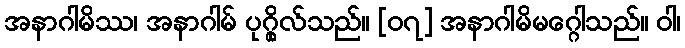
အနာဂါမိဿ၊ အနာဂါမ် ပုဂ္ဂိုလ်သည်။ [၀၇] အနာဂါမိမဂ္ဂေါသည်။ ဝါ၊